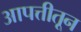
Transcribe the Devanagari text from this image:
आपत्तीतून